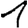
Digit: 1